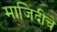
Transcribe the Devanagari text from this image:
माजिदीचे